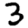
Digit: 3